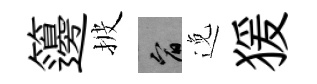
籩披宥𨓜猨